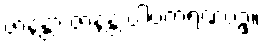
ဇာနန္တာ ဇာနန္တ ပါပကရဏပဥှ။